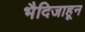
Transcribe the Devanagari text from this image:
भैदिजाहून